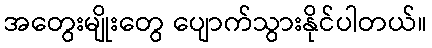
အတွေးမျိုးတွေ ပျောက်သွားနိုင်ပါတယ်။